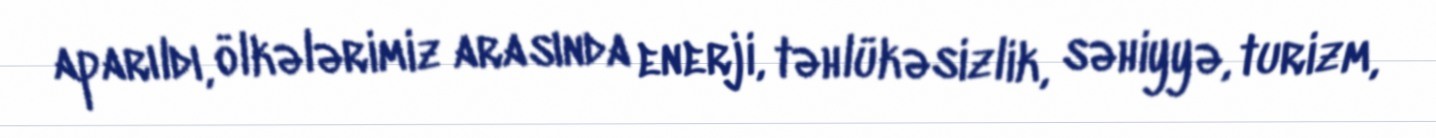
aparıldı, ölkələrimiz arasında enerji, təhlükəsizlik, səhiyyə, turizm,